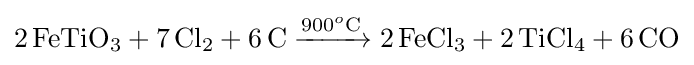
{2\,\mathrm {FeTiO} {\vphantom {A}}_{\smash[{t}]{3}}{}+{}7\,\mathrm {Cl} {\vphantom {A}}_{\smash[{t}]{2}}{}+{}6\,\mathrm {C} {}\mathrel {\xrightarrow {900{\vphantom {A}}^{o}\mathrm {C} } } {}2\,\mathrm {FeCl} {\vphantom {A}}_{\smash[{t}]{3}}{}+{}2\,\mathrm {TiCl} {\vphantom {A}}_{\smash[{t}]{4}}{}+{}6\,\mathrm {CO} }